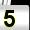
Digit: 5